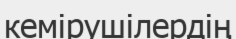
кемірушілердің